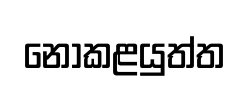
නොකළයුත්ත